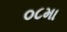
૦૮મા